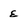
Character: e